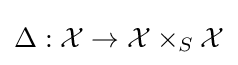
\Delta :{\mathcal {X}}\to {\mathcal {X}}\times _{S}{\mathcal {X}}